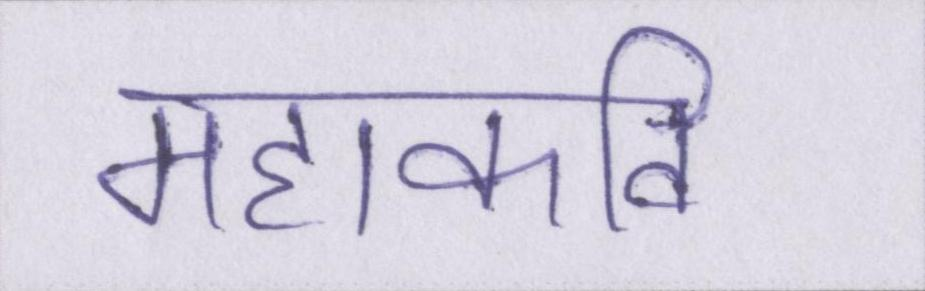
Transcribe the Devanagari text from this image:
महाकवि